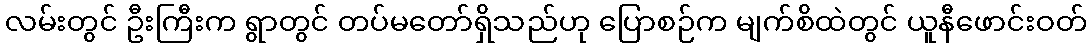
လမ်းတွင် ဦးကြီးက ရွာတွင် တပ်မတော်ရှိသည်ဟု ပြောစဉ်က မျက်စိထဲတွင် ယူနီဖောင်းဝတ်